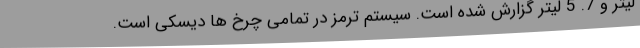
لیتر و 7. 5 لیتر گزارش شده است. سیستم ترمز در تمامی چرخ ها دیسکی است.